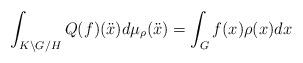
LaTeX: \begin{align*}\int_{K \backslash G / H } Q(f) (\ddot{x})d\mu_\rho(\ddot{x}) =\int_G f(x) \rho(x) dx\end{align*}